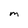
Character: M